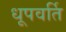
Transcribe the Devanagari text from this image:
धूपवर्ति